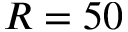
R = 5 0